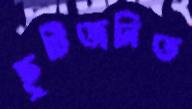
ছুটিজনিত